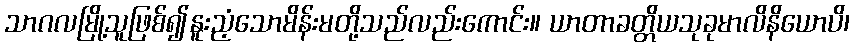
သာဂလမြို့သူဖြစ်၍နူးညံ့သောမိန်းမတို့သည်လည်းကောင်း။ ယာတာခတ္တိယသုခုမာလိနိယောပိ၊